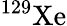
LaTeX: ^{129}\mathrm{Xe}